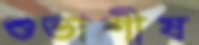
শুভাশীষ